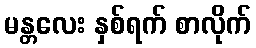
မန္တလေး နှစ်ရက် စာလိုက်